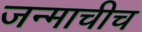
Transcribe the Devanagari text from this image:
जन्माचीच